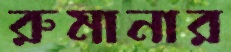
রুমানার